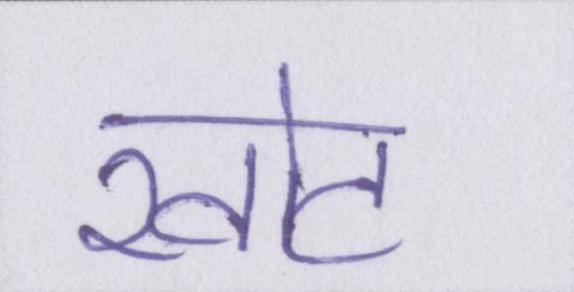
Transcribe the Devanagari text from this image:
खोट